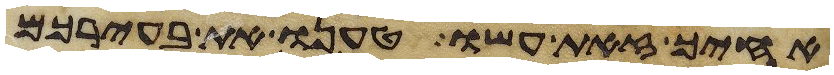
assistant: אחיך זאת עשו טענו את בעירכם